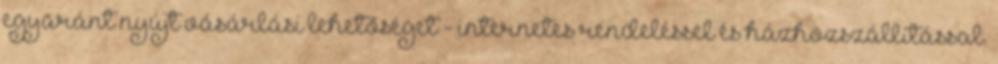
egyaránt nyújt vásárlási lehetőséget - internetes rendeléssel és házhozszállítással.